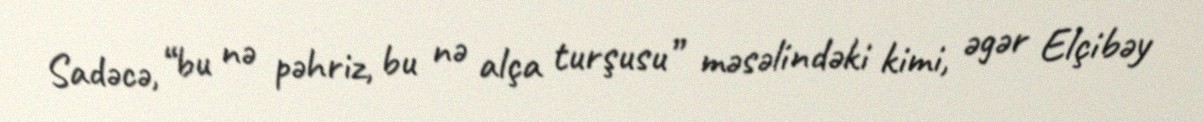
Sadəcə, “bu nə pəhriz, bu nə alça turşusu” məsəlindəki kimi, əgər Elçibəy